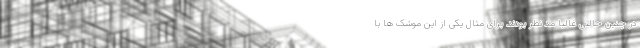
در چنین حالتی غالبا مد نظر بودند. برای مثال یکی از این موشک ها با